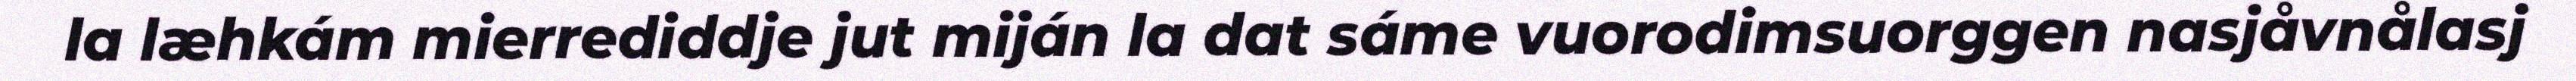
la læhkám mierrediddje jut miján la dat sáme vuorodimsuorggen nasjåvnålasj